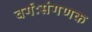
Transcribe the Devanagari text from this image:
वर्गःसंगणक